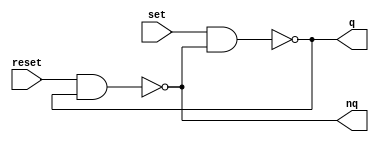
module m_rs_flipflop(input set,input reset,output q,output nq);
	assign q=~(set & nq);
	assign nq=~(reset & q);
endmodule


module m_counter( ck, res, law, q, countup );
    input   ck, res;
	 input [5:0] law;
    output  [5:0] q;
    reg     [5:0] q;
	 output countup;
	 reg countup;

    always @( posedge ck or posedge res )
    begin
        if( res == 1'b1 )
            q <= 4'h0;
        else begin
            q <= q + 4'h1;
				if(q + 4'h1 >= law) begin
					q <= 4'h0;
					countup = 1'b1;
				end
				else
		      countup = 1'b0;
			end
    end
endmodule